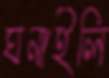
ঘনাইলি